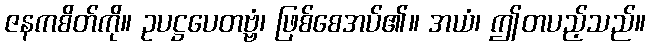
ဇနကစိတ်ကို။ ဥပဋ္ဌပေတဗ္ဗံ၊ ဖြစ်စေအပ်၏။ အယံ၊ ဤတပည့်သည်။